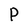
Character: P